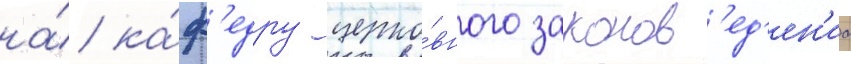
на́ ка́ф'едру церко́вного законов'ед'ен'иа